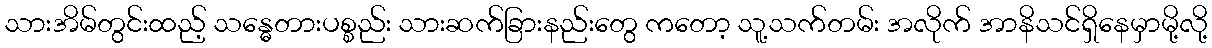
သားအိမ်တွင်းထည့် သန္ဓေတားပစ္စည်း သားဆက်ခြားနည်းတွေ ကတော့ သူ့သက်တမ်း အလိုက် အာနိသင်ရှိနေမှာမို့လို့